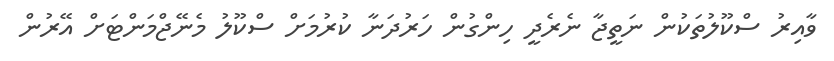
ވާއިރު ސްކޫލުތަކުން ނަތީޖާ ނެރެދީ ހިންގުން ހަރުދަނާ ކުރުމަށް ސްކޫލު މެނޭޖްމަންޓަށް އޭރުން